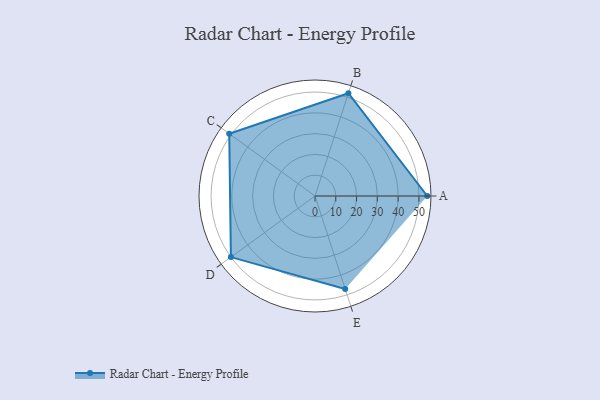
{"axis": {"x": "Skill", "y": "Score"}, "legend": ["Profile"], "data": [{"x": "A", "y": 54.0, "type": "Profile"}, {"x": "B", "y": 52.0, "type": "Profile"}, {"x": "C", "y": 51.0, "type": "Profile"}, {"x": "D", "y": 50.0, "type": "Profile"}, {"x": "E", "y": 47.0, "type": "Profile"}]}